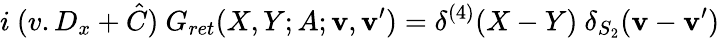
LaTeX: i\ (v.D_{x}+\hat{C})\ G_{ret}(X,Y;A;{\mathbf v},{\mathbf v^{\prime}})=\delta^{(4)}(X-Y)\ \delta_{S_{2}}({\mathbf v}-{\mathbf v^{\prime}})